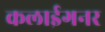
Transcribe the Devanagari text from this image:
कलाईगनर